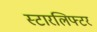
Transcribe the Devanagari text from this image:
स्टारलिफ्टर